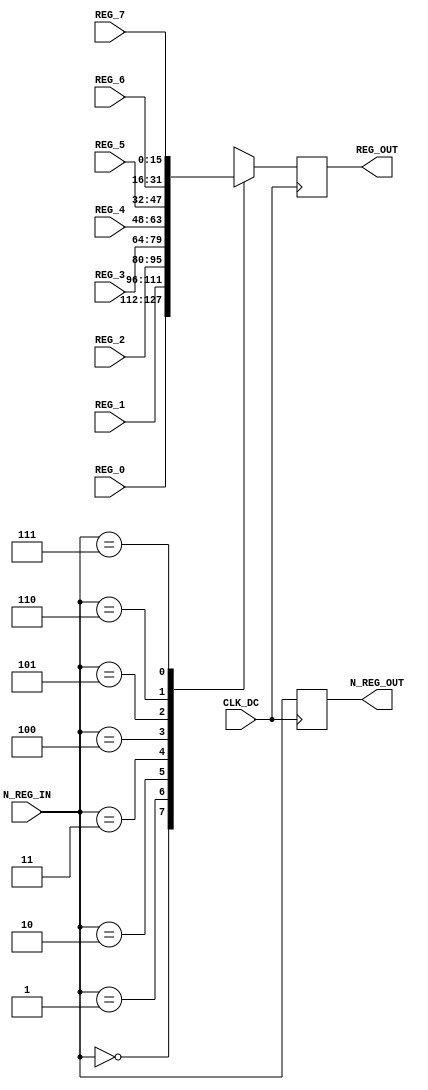
module reg_dc(CLK_DC, 
              N_REG_IN, 
              REG_0, 
              REG_1, 
              REG_2, 
              REG_3, 
              REG_4, 
              REG_5, 
              REG_6, 
              REG_7, 
              N_REG_OUT, 
              REG_OUT);
              
    input           CLK_DC;
    input   [2:0]   N_REG_IN;
    input   [15:0]  REG_0, REG_1, REG_2, REG_3, REG_4, REG_5, REG_6, REG_7;
    output  [2:0]   N_REG_OUT;
    output  [15:0]  REG_OUT;

    reg     [2:0]   N_REG_OUT;
    reg     [15:0]  REG_OUT;

    function [15:0] reg_out;
        input   [2:0]   n_reg_in;
        input   [15:0]  reg_0, reg_1, reg_2, reg_3, reg_4, reg_5, reg_6, reg_7;

        begin
        case (n_reg_in)
            3'b000: reg_out = reg_0;
            3'b001: reg_out = reg_1;
            3'b010: reg_out = reg_2;
            3'b011: reg_out = reg_3;
            3'b100: reg_out = reg_4;
            3'b101: reg_out = reg_5;
            3'b110: reg_out = reg_6;
            3'b111: reg_out = reg_7;
            default: reg_out = 16'bxxxx;  // 
            endcase
        end
    endfunction

    always @ (posedge CLK_DC) begin
        N_REG_OUT <= N_REG_IN;
        REG_OUT <= reg_out(N_REG_IN, REG_0, REG_1, REG_2, REG_3, REG_4, REG_5, REG_6, REG_7);
    end

endmodule